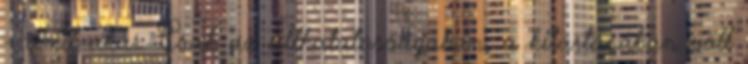
– amit akar. Csak az állhatatosságában, a kitartásában volt